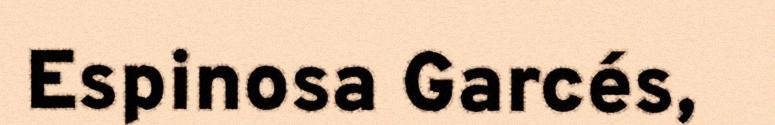
Espinosa Garcés,